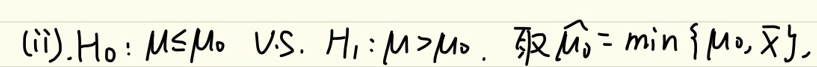
(ii). \(H_0: \mu \leq \mu_0\) vs. \(H_1: \mu > \mu_0\). Then \(\hat{\mu}_3 = \min\{\mu_0, \bar{X}\}\)